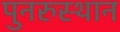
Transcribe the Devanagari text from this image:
पुनरुस्थान